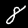
Label: 8